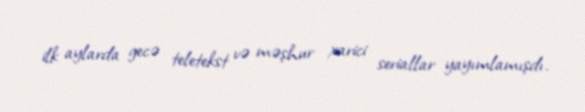
ilk aylarda gecə teletekst və məşhur xarici seriallar yayımlamışdı.